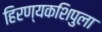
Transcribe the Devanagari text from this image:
हिरण्यकशिपुला